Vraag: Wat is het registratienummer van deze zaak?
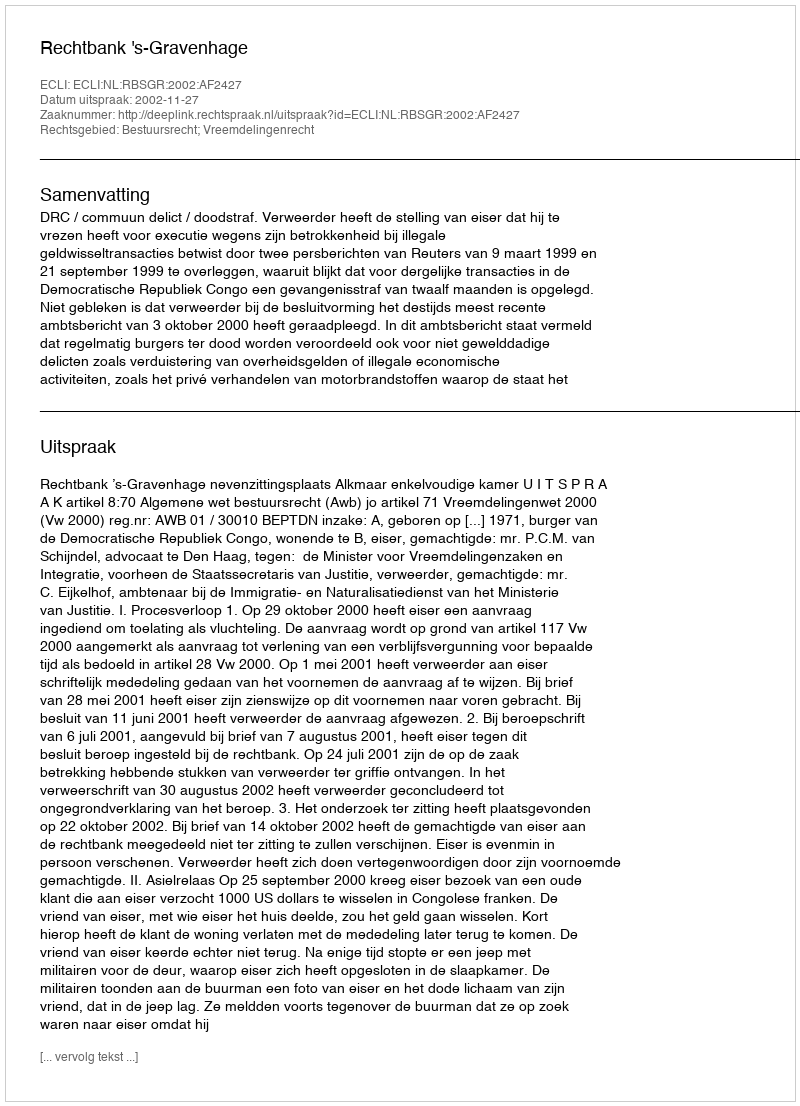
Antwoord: http://deeplink.rechtspraak.nl/uitspraak?id=ECLI:NL:RBSGR:2002:AF2427